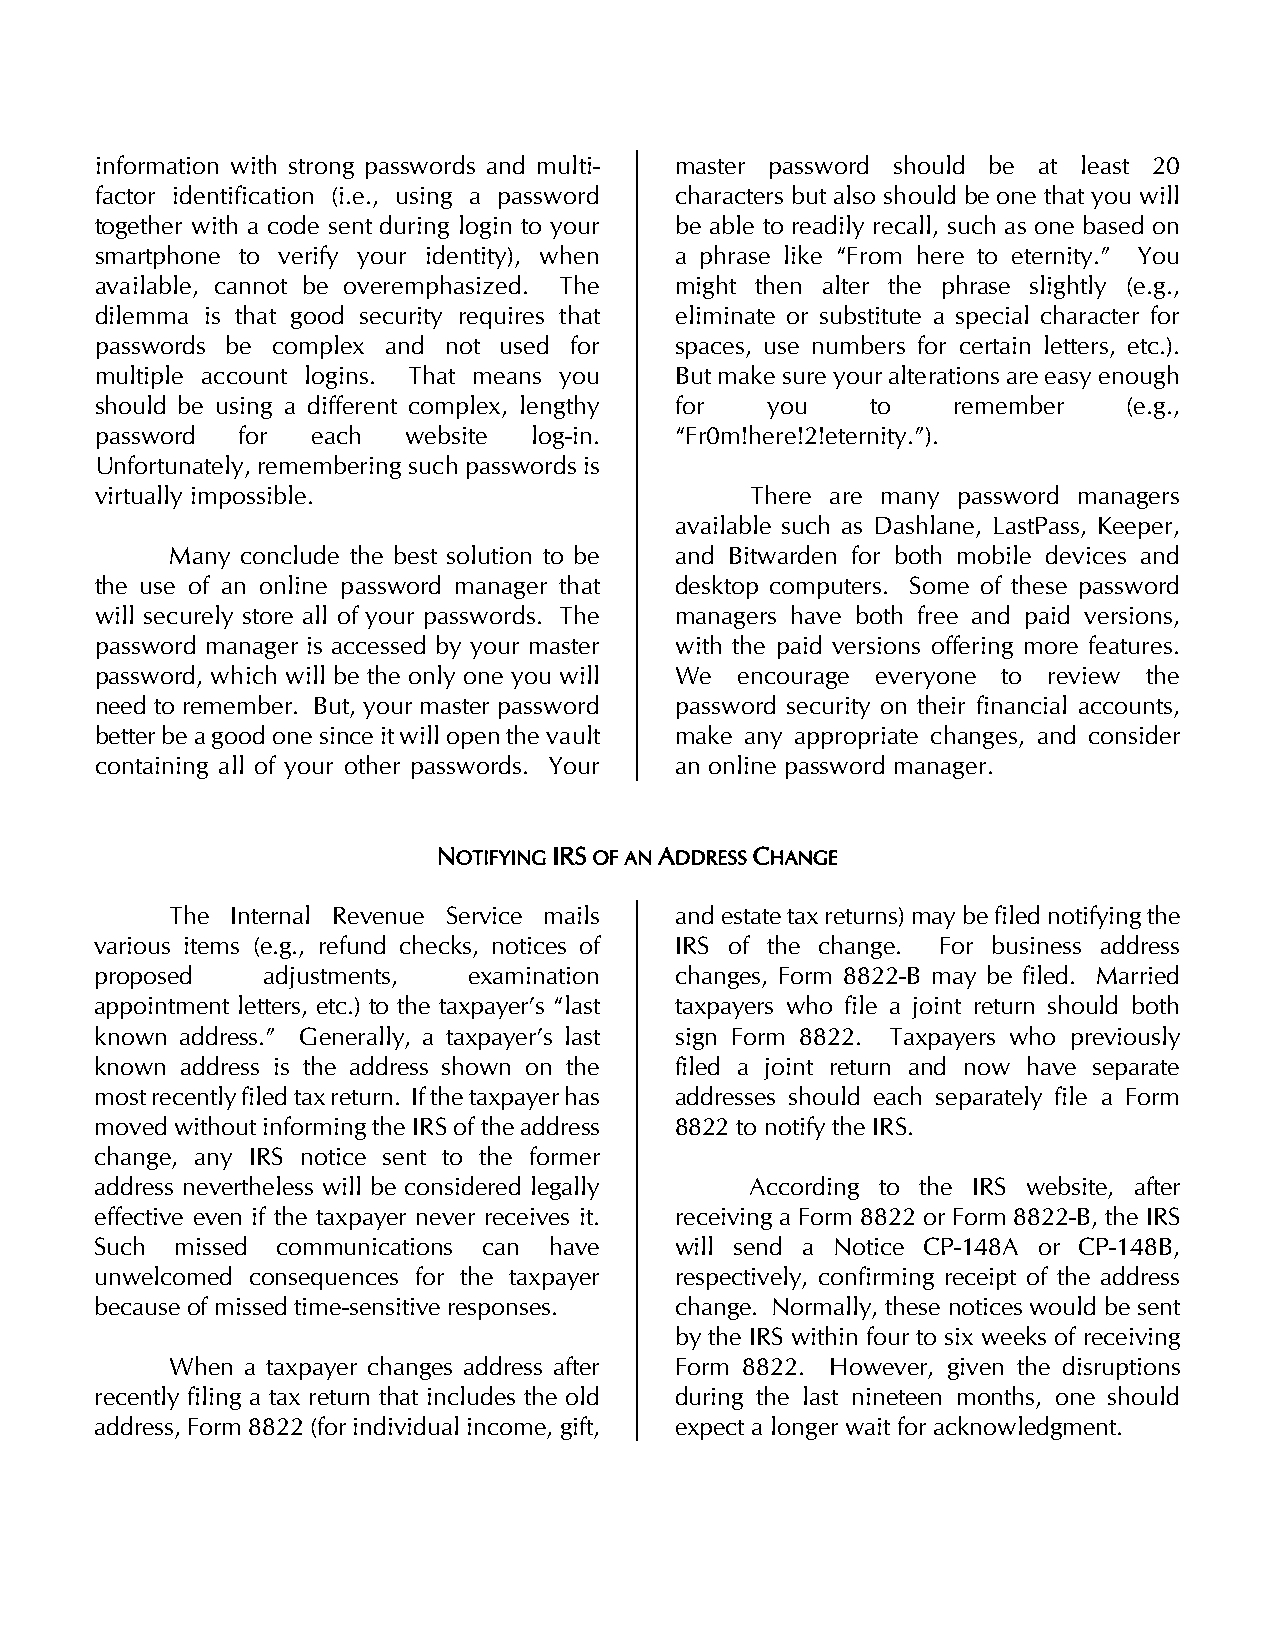
information with strong passwords and multi- master password should be at least 20
 factor identification (i.e., using a password characters but also should be one that you will
 together with a code sent during login to your be able to readily recall, such as one based on
 smartphone to verify your identity), when a phrase like “From here to eternity.” You
 available, cannot be overemphasized. The might then alter the phrase slightly (e.g.,
 dilemma is that good security requires that eliminate or substitute a special character for
 passwords be complex and not used for  spaces, use numbers for certain letters, etc.).
 multiple account logins. That means you But make sure your alterations are easy enough
 should be using a different complex, lengthy for you to  remember    (e.g.,
 password  for  each  website log-in.   “Fr0m!here!2!eternity.”).
 Unfortunately, remembering such passwords is
 virtually impossible.                       There are many password managers
 available such as Dashlane, LastPass, Keeper,
 Many conclude the best solution to be and Bitwarden for both mobile devices and
 the use of an online password manager that desktop computers. Some of these password
 will securely store all of your passwords. The managers have both free and paid versions,
 password manager is accessed by your master with the paid versions offering more features.
 password, which will be the only one you will We encourage everyone to review the
 need to remember. But, your master password password security on their financial accounts,
 better be a good one since it will open the vault make any appropriate changes, and consider
 containing all of your other passwords. Your an online password manager.
 NOTIFYING IRS OF AN ADDRESS CHANGE
 The Internal Revenue Service mails and estate tax returns) may be filed notifying the
 various items (e.g., refund checks, notices of IRS of the change. For business address
 proposed   adjustments,  examination   changes, Form 8822-B may be filed. Married
 appointment letters, etc.) to the taxpayer’s “last taxpayers who file a joint return should both
 known address.” Generally, a taxpayer’s last sign Form 8822. Taxpayers who previously
 known address is the address shown on the filed a joint return and now have separate
 most recently filed tax return. If the taxpayer has addresses should each separately file a Form
 moved without informing the IRS of the address 8822 to notify the IRS.
 change, any IRS notice sent to the former
 address nevertheless will be considered legally According to the IRS website, after
 effective even if the taxpayer never receives it. receiving a Form 8822 or Form 8822-B, the IRS
 Such  missed communications can have   will send a Notice CP-148A or CP-148B,
 unwelcomed consequences for the taxpayer respectively, confirming receipt of the address
 because of missed time-sensitive responses. change. Normally, these notices would be sent
 by the IRS within four to six weeks of receiving
 When a taxpayer changes address after Form 8822. However, given the disruptions
 recently filing a tax return that includes the old during the last nineteen months, one should
 address, Form 8822 (for individual income, gift, expect a longer wait for acknowledgment.